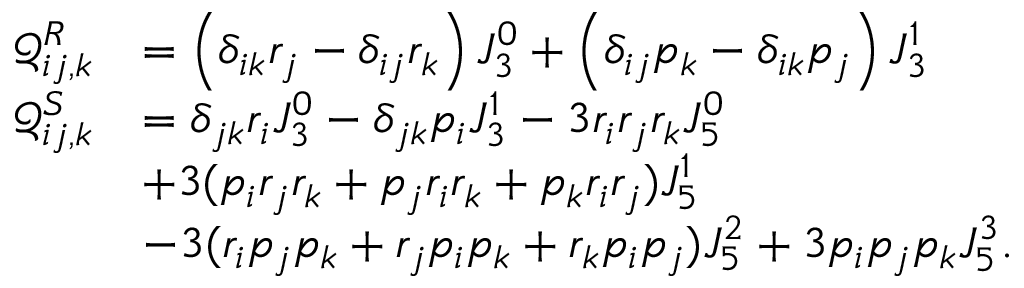
\begin{array} { r l } { \mathcal { Q } _ { i j , k } ^ { R } } & { = \left( \delta _ { i k } r _ { j } - \delta _ { i j } r _ { k } \right) J _ { 3 } ^ { 0 } + \left( \delta _ { i j } p _ { k } - \delta _ { i k } p _ { j } \right) J _ { 3 } ^ { 1 } } \\ { \mathcal { Q } _ { i j , k } ^ { S } } & { = \delta _ { j k } r _ { i } J _ { 3 } ^ { 0 } - \delta _ { j k } p _ { i } J _ { 3 } ^ { 1 } - 3 r _ { i } r _ { j } r _ { k } J _ { 5 } ^ { 0 } } \\ & { + 3 ( p _ { i } r _ { j } r _ { k } + p _ { j } r _ { i } r _ { k } + p _ { k } r _ { i } r _ { j } ) J _ { 5 } ^ { 1 } } \\ & { - 3 ( r _ { i } p _ { j } p _ { k } + r _ { j } p _ { i } p _ { k } + r _ { k } p _ { i } p _ { j } ) J _ { 5 } ^ { 2 } + 3 p _ { i } p _ { j } p _ { k } J _ { 5 } ^ { 3 } . } \end{array}